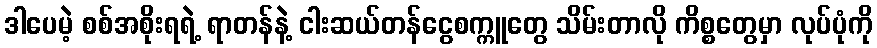
ဒါပေမဲ့ စစ်အစိုးရရဲ့ ရာတန်နဲ့ ငါးဆယ်တန်ငွေစက္ကူတွေ သိမ်းတာလို ကိစ္စတွေမှာ လုပ်ပုံကို